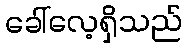
ခေါ်လေ့ရှိသည်